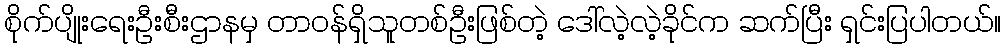
စိုက်ပျိုးရေးဦးစီးဌာနမှ တာဝန်ရှိသူတစ်ဦးဖြစ်တဲ့ ဒေါ်လဲ့လဲ့ခိုင်က ဆက်ပြီး ရှင်းပြပါတယ်။